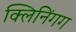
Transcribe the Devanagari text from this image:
क्लिनिंगग